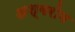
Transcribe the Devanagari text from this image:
अश्वरोम